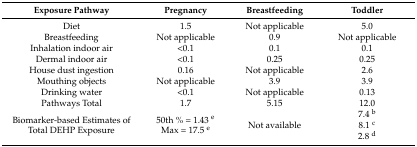
<table><thead><tr><td><b>Exposure Pathway</b></td><td><b>Pregnancy</b></td><td><b>Breastfeeding</b></td><td><b>Toddler</b></td></tr></thead><tbody><tr><td>Diet</td><td>1.5</td><td>Not applicable</td><td>5.0</td></tr><tr><td>Breastfeeding</td><td>Not applicable</td><td>0.9</td><td>Not applicable</td></tr><tr><td>Inhalation indoor air</td><td>&lt;0.1</td><td>0.1</td><td>0.1</td></tr><tr><td>Dermal indoor air</td><td>&lt;0.1</td><td>0.25</td><td>0.25</td></tr><tr><td>House dust ingestion</td><td>0.16</td><td>Not applicable</td><td>2.6</td></tr><tr><td>Mouthing objects</td><td>Not applicable</td><td>3.9</td><td>3.9</td></tr><tr><td>Drinking water</td><td>&lt;0.1</td><td>Not applicable</td><td>0.13</td></tr><tr><td>Pathways Total</td><td>1.7</td><td>5.15</td><td>12.0</td></tr><tr><td>Biomarker-based Estimates of Total DEHP Exposure</td><td>50th % = 1.43 <sup>e</sup> Max = 17.5 <sup>e</sup></td><td>Not available</td><td>7.4 <sup>b</sup> 8.1 <sup>c</sup> 2.8 <sup>d</sup></td></tr></tbody></table>